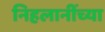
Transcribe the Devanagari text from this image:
निहलानींच्या